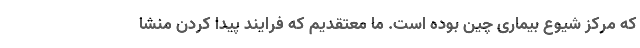
که مرکز شیوع بیماری چین بوده است. ما معتقدیم که فرایند پیدا کردن منشا